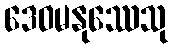
ဒေဝမနုဿေသု